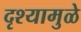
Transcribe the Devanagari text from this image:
दृश्यामुळे